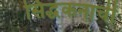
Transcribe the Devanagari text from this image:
सिद्धंकनाची